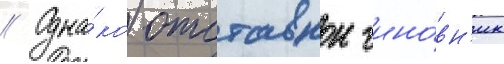
// Одна́ко отставнои чино́вн'ик